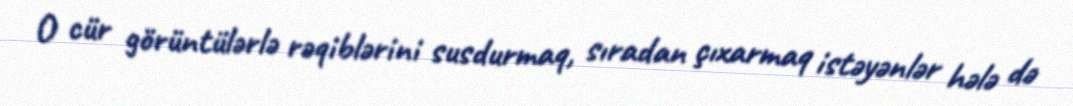
O cür görüntülərlə rəqiblərini susdurmaq, sıradan çıxarmaq istəyənlər hələ də